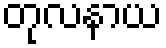
တုလနာယ